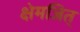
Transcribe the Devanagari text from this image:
क्षेमजित्